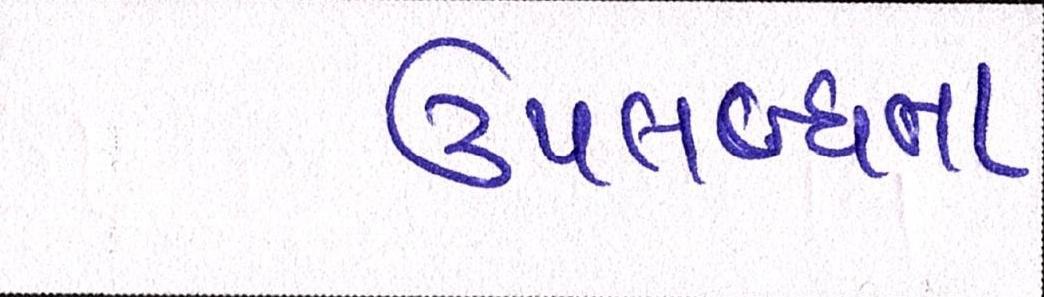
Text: ઉપલબ્ધતા